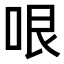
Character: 哏